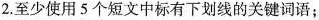
2.至少使用5个短文中标有下划线的关键词语;